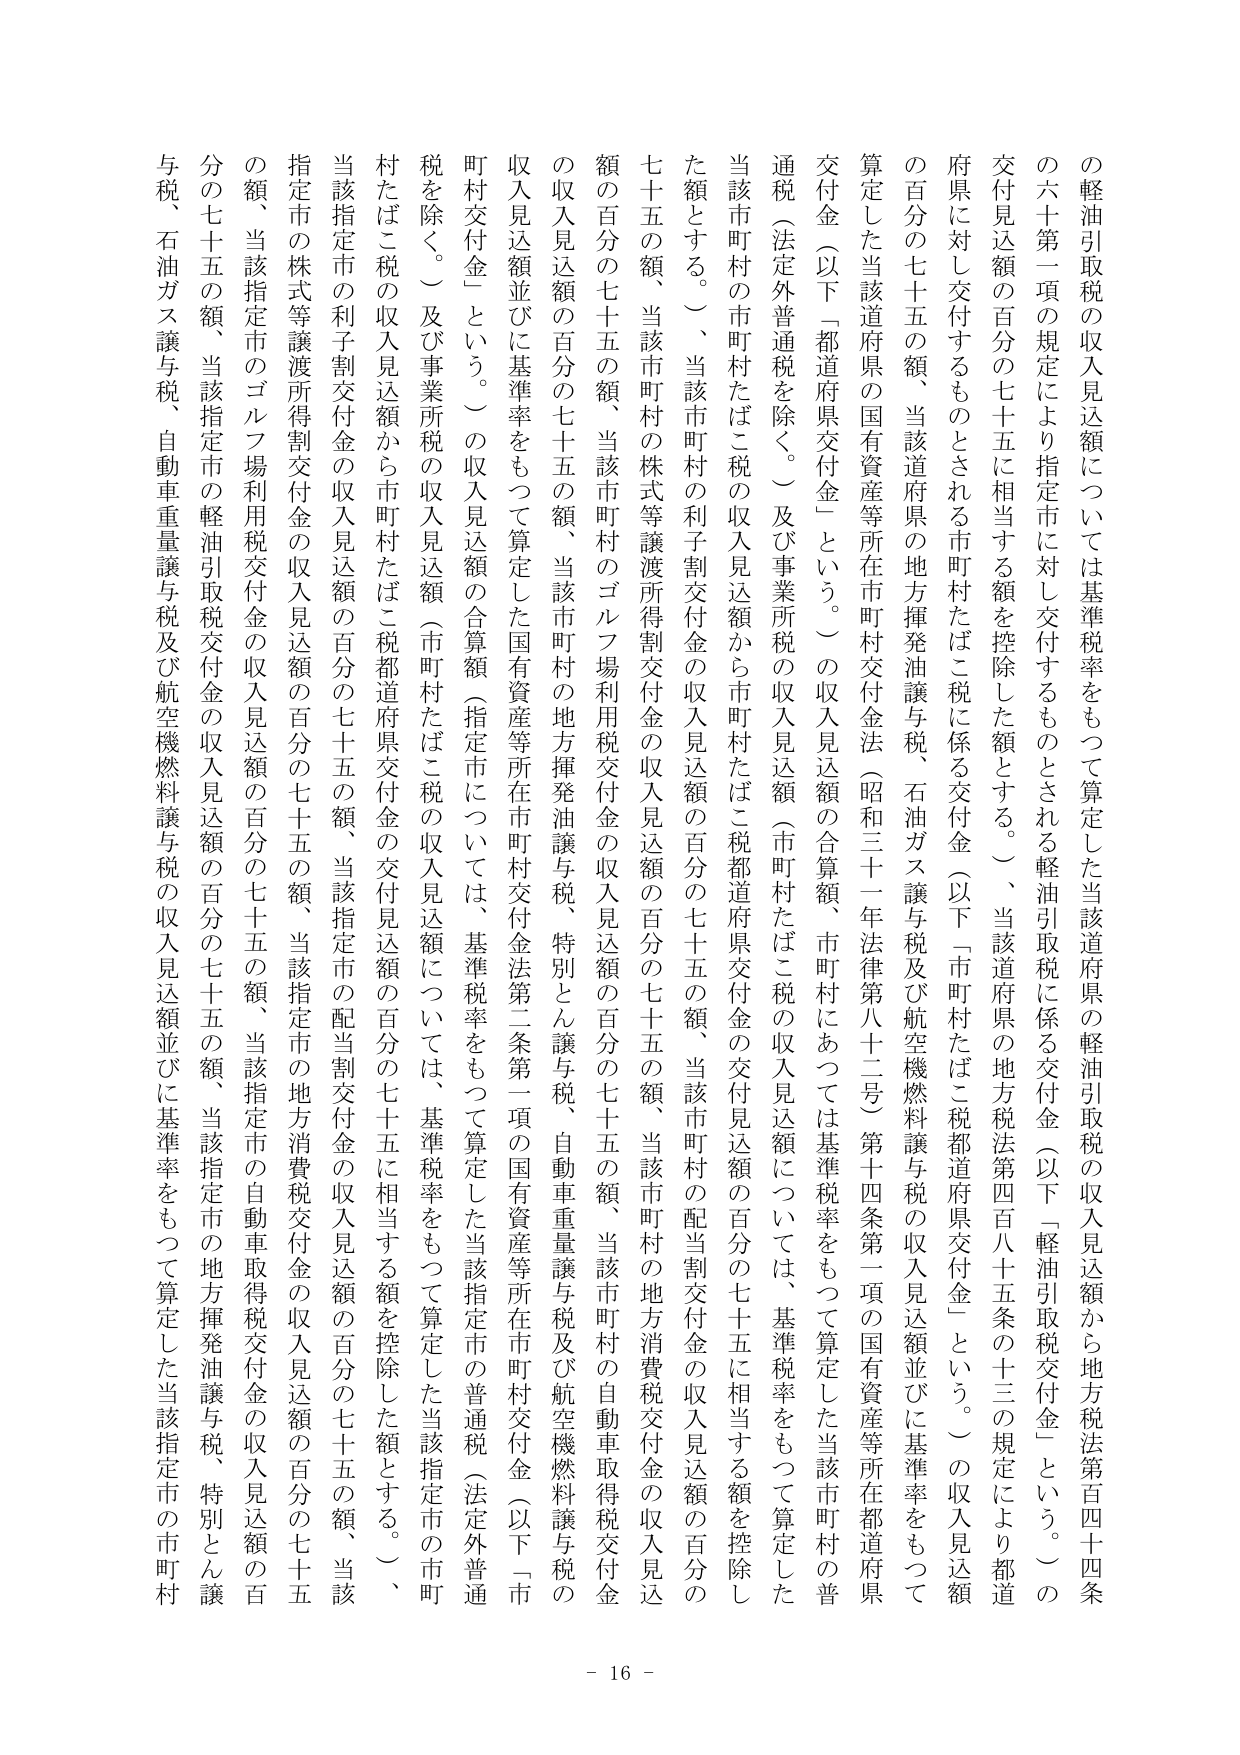
の軽油引取税の収入見込額については基準税率をもって算定した当該道府県の軽油引取税の収入見込額から地方税法第百四十四条の六十一第一項の規定により指定市に対し交付するものとされる軽油引取税に係る交付金（以下「軽油引取税交付金」という。）の交付見込額の百分の七十五に相当する額を控除した額とする。一、当該道府県の地方税法第四百八十五条の十三の規定により都道府県に対し交付するものとされる市町村たばこ税に係る交付金（以下「市町村たばこ税都道府県交付金」という。）の収入見込額の百分の七十五の額、当該道府県の地方揮発油譲与税、石油ガス譲与税及び航空機燃料譲与税の収入見込額並びに基準率をもって算定した当該府県の国有資産等所在市町村交付金法（昭和三十一年法律第八十二号）第十四条第一項の国有資産等所在都道府県交付金（以下「都道府県交付金」という。）の収入見込額の合算額、市町村にあっては基準税率をもって算定した当該市町村の普通税（法定外普通税を除く。）及び事業所税の収入見込額（市町村たばこ税の収入見込額については、基準税率をもって算定した当該市町村の市町村たばこ税の収入見込額から市町村たばこ税都道府県交付金の交付見込額の百分の七十五に相当する額を控除した額とする。）、当該市町村の利子割交付金の収入見込額の百分の七十五の額、当該市町村の配当割交付金の収入見込額の百分の七十五の額、当該市町村の株式等譲渡所得割交付金の収入見込額の百分の七十五の額、当該市町村のゴルフ場利用税交付金の収入見込額の百分の七十五の額、当該市町村の地方消費税交付金の収入見込額の百分の七十五の額、当該市町村の自動車取得税交付金の収入見込額の百分の七十五の額、当該市町村の地方揮発油譲与税、特別とん譲与税、自動車重量譲与税及び航空機燃料譲与税の収入見込額並びに基準率をもって算定した国有資産等所在市町村交付金法第二条第一項の国有資産等所在市町村交付金（以下「市町村交付金」という。）の収入見込額の合算額（指定市については、基準税率をもって算定した当該指定市の普通税（法定外普通税を除く。）及び事業所税の収入見込額（市町村たばこ税の収入見込額については、基準税率をもって算定した当該指定市の市町村たばこ税の収入見込額から市町村たばこ税都道府県交付金の交付見込額の百分の七十五に相当する額を控除した額とする。）、当該指定市の利子割交付金の収入見込額の百分の七十五の額、当該指定市の配当割交付金の収入見込額の百分の七十五の額、当該指定市の株式等譲渡所得割交付金の収入見込額の百分の七十五の額、当該指定市のゴルフ場利用税交付金の収入見込額の百分の七十五の額、当該指定市の地方消費税交付金の収入見込額の百分の七十五の額、当該指定市の自動車取得税交付金の収入見込額の百分の七十五の額、当該指定市の地方揮発油譲与税、特別とん譲与税、石油ガス譲与税、自動車重量譲与税及び航空機燃料譲与税の収入見込額並びに基準率をもって算定した当該指定市の市町村

- 16 -